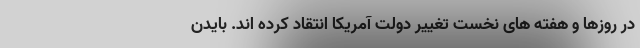
در روزها و هفته های نخست تغییر دولت آمریکا انتقاد کرده اند. بایدن